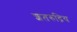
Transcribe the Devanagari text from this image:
शतरुद्रिय